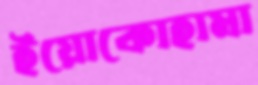
ইয়োকোহামা